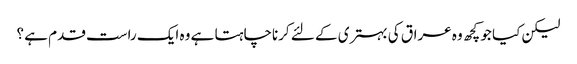
لیکن کیا جو کچھ وہ عراق کی بہتری کے لئے کرناچاہتا ہے وہ ایک راست قدم ہے ؟